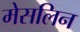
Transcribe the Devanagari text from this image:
मेसलिन